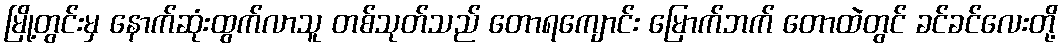
မြို့တွင်းမှ နောက်ဆုံးထွက်လာသူ တစ်သုတ်သည် တောရကျောင်း မြောက်ဘက် တောထဲတွင် ခင်ခင်လေးတို့